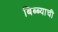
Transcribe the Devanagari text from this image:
बिब्ब्याची